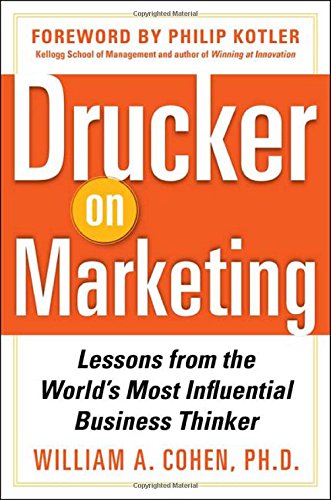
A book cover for Drucker on Marketing: Lessons from the World's Most Influential Business Thinker; William Cohen; Business & Money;